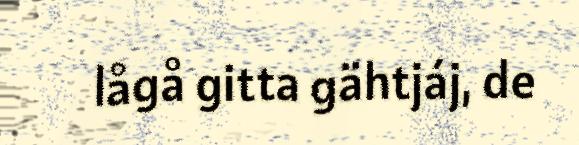
lågå gitta gähtjáj, de